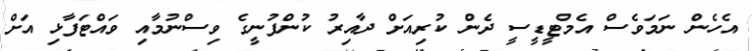
އެހެން ނަމަވެސް އެމްޓީޑީސީ ދެން ކުރިއަށް ދާއިރު ކުންފުނީގެ ވިސްނުމާއި ވައްޓަފާޅި އަށް